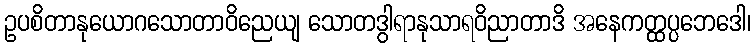
ဥပစိတာနုယောဂသောတာဝိညေယျ သောတဒွါရာနုသာရဝိညာတာဒိ အနေကတ္ထပ္ပဘေဒေါ၊